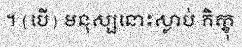
។ (បើ) មនុស្សនោះស្លាប់ ភិក្ខុ